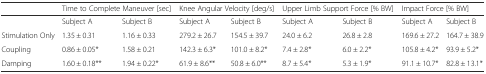
<table><thead><tr><td></td><td colspan="2"><b>Time to Complete Maneuver [sec]</b></td><td colspan="2"><b>Knee Angular Velocity [deg/s]</b></td><td colspan="2"><b>Upper Limb Support Force [% BW]</b></td><td colspan="2"><b>Impact Force [% BW]</b></td></tr></thead><tbody><tr><td></td><td>Subject A</td><td>Subject B</td><td>Subject A</td><td>Subject B</td><td>Subject A</td><td>Subject B</td><td>Subject A</td><td>Subject B</td></tr><tr><td>Stimulation Only</td><td>1.35 ± 0.31</td><td>1.16 ± 0.33</td><td>279.2 ± 26.7</td><td>154.5 ± 39.7</td><td>24.0 ± 6.2</td><td>26.8 ± 2.8</td><td>169.6 ± 27.2</td><td>164.7 ± 38.9</td></tr><tr><td>Coupling</td><td>0.86 ± 0.05*</td><td>1.58 ± 0.21</td><td>142.3 ± 6.3*</td><td>101.0 ± 8.2*</td><td>7.4 ± 2.8*</td><td>6.0 ± 2.2*</td><td>105.8 ± 4.2*</td><td>93.9 ± 5.2*</td></tr><tr><td>Damping</td><td>1.60 ± 0.18**</td><td>1.94 ± 0.22*</td><td>61.9 ± 8.6**</td><td>50.8 ± 6.0**</td><td>8.7 ± 5.4*</td><td>5.3 ± 1.9*</td><td>91.1 ± 10.7*</td><td>82.8 ± 13.1*</td></tr></tbody></table>